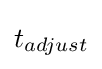
{\textstyle t_{adjust}}